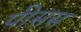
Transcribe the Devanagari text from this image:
पीसस